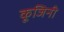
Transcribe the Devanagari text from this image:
कूजिनी